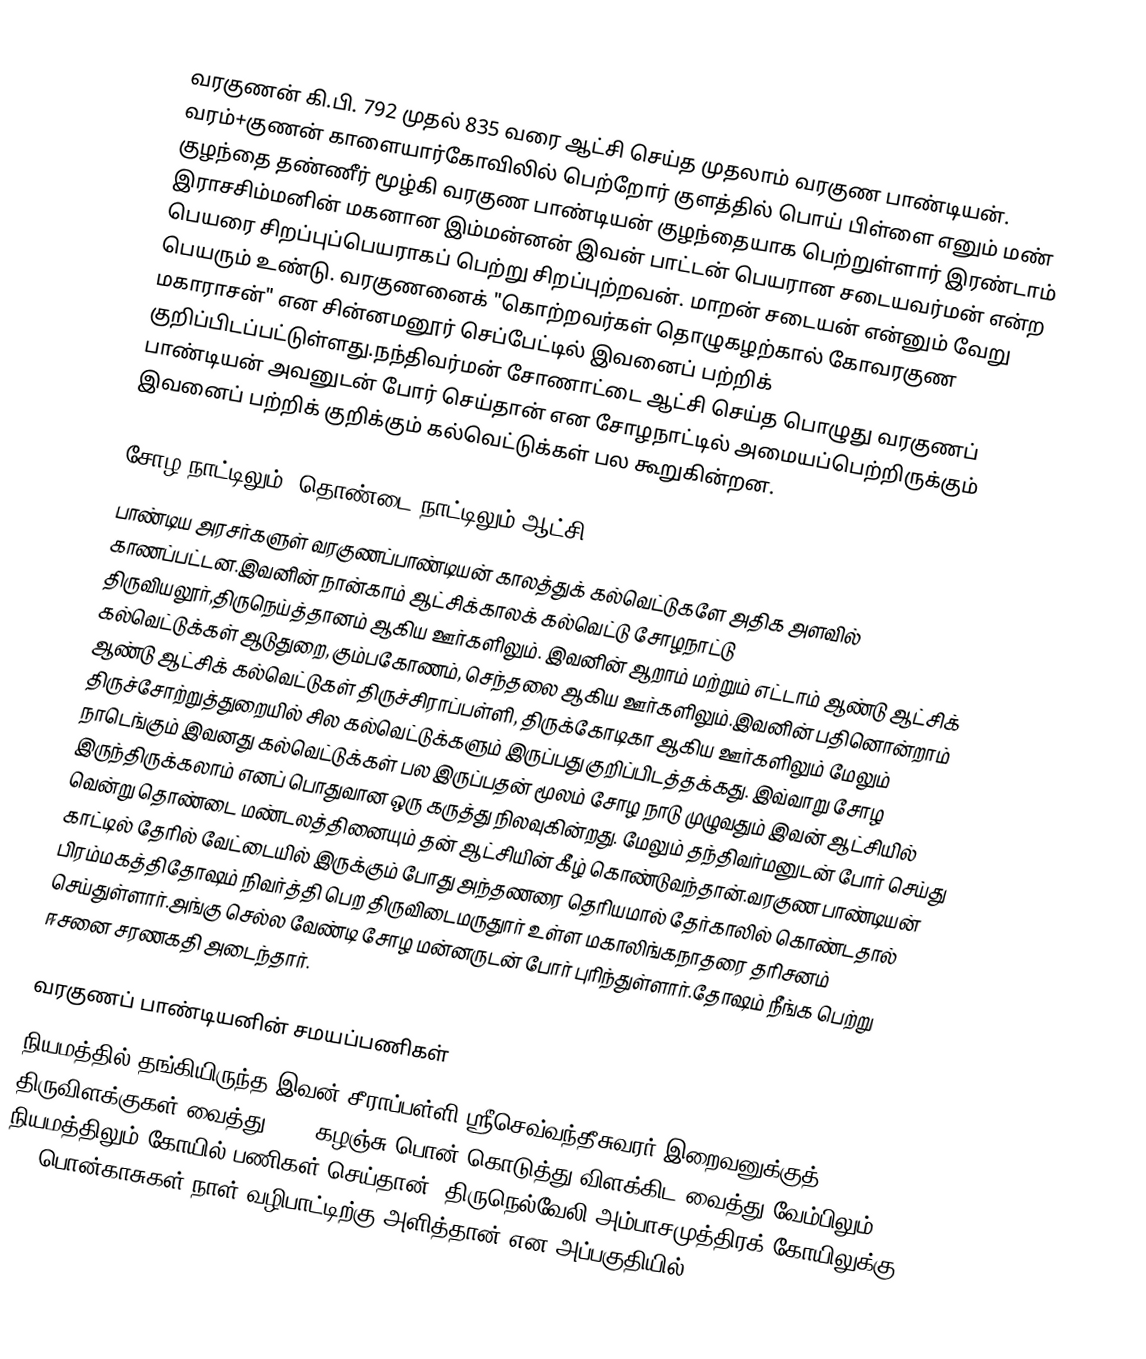
வரகுணன் கி.பி. 792 முதல் 835 வரை ஆட்சி செய்த முதலாம் வரகுண பாண்டியன். வரம்+குணன் காளையார்கோவிலில் பெற்றோர் குளத்தில் பொய் பிள்ளை எனும் மண் குழந்தை தண்ணீர் மூழ்கி வரகுண பாண்டியன் குழந்தையாக பெற்றுள்ளார் இரண்டாம் இராசசிம்மனின் மகனான இம்மன்னன் இவன் பாட்டன் பெயரான சடையவர்மன் என்ற பெயரை சிறப்புப்பெயராகப் பெற்று சிறப்புற்றவன். மாறன் சடையன் என்னும் வேறு பெயரும் உண்டு. வரகுணனைக் "கொற்றவர்கள் தொழுகழற்கால் கோவரகுண மகாராசன்" என சின்னமனூர் செப்பேட்டில் இவனைப் பற்றிக் குறிப்பிடப்பட்டுள்ளது.நந்திவர்மன் சோணாட்டை ஆட்சி செய்த பொழுது வரகுணப் பாண்டியன் அவனுடன் போர் செய்தான் என சோழநாட்டில் அமையப்பெற்றிருக்கும் இவனைப் பற்றிக் குறிக்கும் கல்வெட்டுக்கள் பல கூறுகின்றன.

சோழ நாட்டிலும், தொண்டை நாட்டிலும் ஆட்சி
பாண்டிய அரசர்களுள் வரகுணப்பாண்டியன் காலத்துக் கல்வெட்டுகளே அதிக அளவில் காணப்பட்டன.இவனின் நான்காம் ஆட்சிக்காலக் கல்வெட்டு சோழநாட்டு திருவியலூர்,திருநெய்த்தானம் ஆகிய ஊர்களிலும். இவனின் ஆறாம் மற்றும் எட்டாம் ஆண்டு ஆட்சிக் கல்வெட்டுக்கள் ஆடுதுறை, கும்பகோணம், செந்தலை ஆகிய ஊர்களிலும்.இவனின் பதினொன்றாம் ஆண்டு ஆட்சிக் கல்வெட்டுகள் திருச்சிராப்பள்ளி, திருக்கோடிகா ஆகிய ஊர்களிலும் மேலும் திருச்சோற்றுத்துறையில் சில கல்வெட்டுக்களும் இருப்பது குறிப்பிடத்தக்கது. இவ்வாறு சோழ நாடெங்கும் இவனது கல்வெட்டுக்கள் பல இருப்பதன் மூலம் சோழ நாடு முழுவதும் இவன் ஆட்சியில் இருந்திருக்கலாம் எனப் பொதுவான ஒரு கருத்து நிலவுகின்றது. மேலும் தந்திவர்மனுடன் போர் செய்து வென்று தொண்டை மண்டலத்தினையும் தன் ஆட்சியின் கீழ் கொண்டுவந்தான்.வரகுண பாண்டியன் காட்டில் தேரில் வேட்டையில் இருக்கும் போது அந்தணரை தெரியமால் தேர்காலில் கொண்டதால் பிரம்மகத்திதோஷம் நிவர்த்தி பெற திருவிடைமருதுார் உள்ள மகாலிங்கநாதரை தரிசனம் செய்துள்ளார்.அங்கு செல்ல வேண்டி சோழ மன்னருடன் போர் புரிந்துள்ளார்.தோஷம் நீங்க பெற்று ஈசனை சரணகதி அடைந்தார்.

வரகுணப் பாண்டியனின் சமயப்பணிகள்
நியமத்தில் தங்கியிருந்த இவன் சீராப்பள்ளி ஸ்ரீசெவ்வந்தீசுவரர் இறைவனுக்குத் திருவிளக்குகள் வைத்து, 125 கழஞ்சு பொன் கொடுத்து விளக்கிட வைத்து வேம்பிலும், நியமத்திலும் கோயில் பணிகள் செய்தான். திருநெல்வேலி அம்பாசமுத்திரக் கோயிலுக்கு 240 பொன்காசுகள் நாள் வழிபாட்டிற்கு அளித்தான் என அப்பகுதியில்